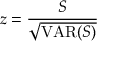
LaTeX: z = { \frac { S } { \sqrt { \operatorname { V A R } ( S ) } } }